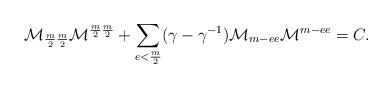
LaTeX: \begin{align*}\mathcal{M}_{\frac{m}{2}\frac{m}{2}}\mathcal{M}^{\frac{m}{2}\frac{m}{2}}+\sum_{e<\frac{m}{2}}(\gamma-\gamma^{-1})\mathcal{M}_{m-ee}\mathcal{M}^{m-ee}=C.\end{align*}